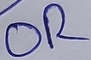
Text: OR